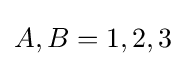
A,B=1,2,3